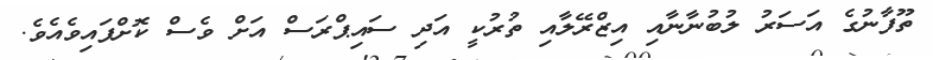
ތޫފާނުގެ އަސަރު ލުބުނާނާއި އިޒްރޭލާއި ތުރުކީ އަދި ސައިޕްރަސް އަށް ވެސް ކޮށްފައިވެއެވެ.